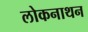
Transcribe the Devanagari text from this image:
लोकनाथन